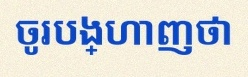
ចូរបង្ហាញថា